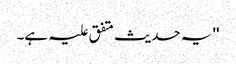
'' یہ حدیث متفق علیہ ہے۔